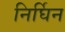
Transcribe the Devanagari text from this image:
निर्घिन